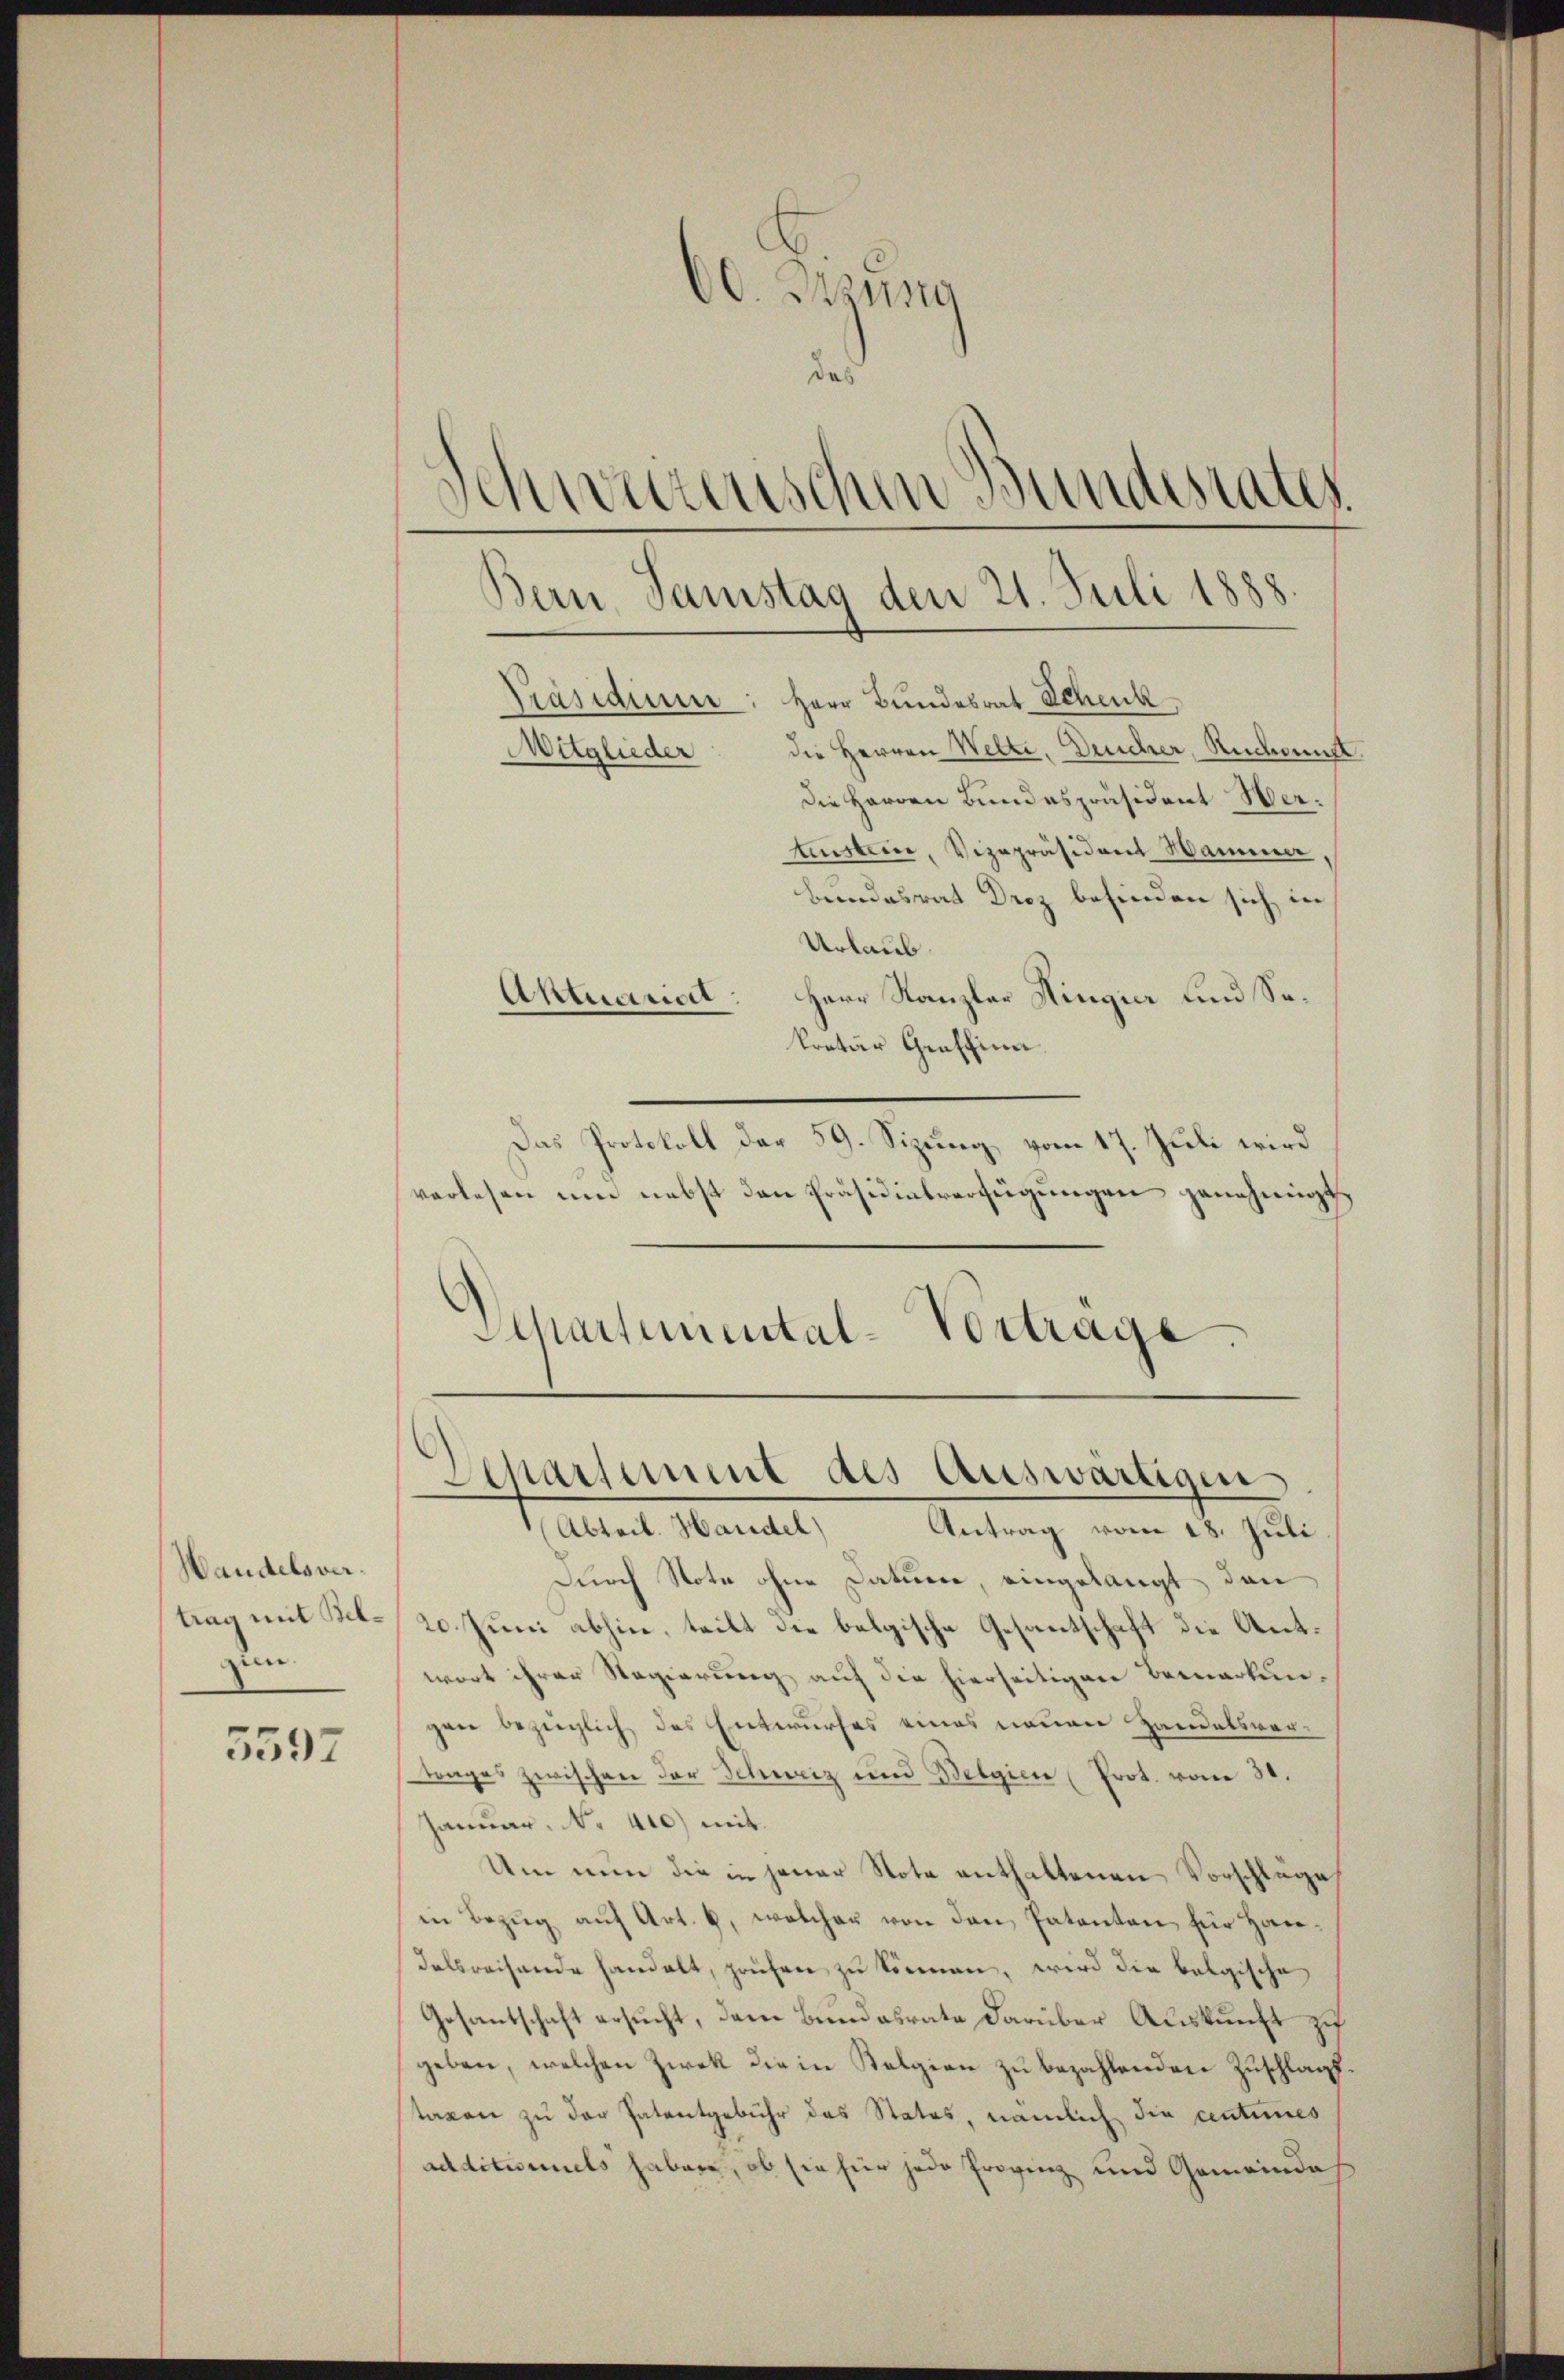
Handelsvertrag mit Belzun

5597

00. Braung
das
Schweizerischen Bundestates
Präsidier: Herr Bundesrat Schenk
die Herren Welte, Deucher, Ruchornst.
Mitglieder
Die Herren Bundespräsident Wertinstein, Vizepräsident Hammer,
bundesrat Droz befinden sich, in
Urlaub.
Herr Kanzler Hinger und So¬
Aktuariat
kretär Graffina

Das Protokoll der 59. Sizung, vom 17. Juli wird
verlesen um nebst den Präsidensverfügungen genehmigt,

Bern Samstag den 21. Juli 1888.

Durch Note ohne Datume, eingelangt, dann
20. Juni abhin, teilt die belgische Gesantschaft die Antwort ihrer Regierung auf die hierseitigen Bemerkungen bezüglich das Entwurfes eines neuen Handelsver-
trages zwischen der Schweiz und Belgien (Prot. vom 30.
Januar, No 410) mit
Um nun die in jener Note enthaltenen Vorschläge
in Bezug auf Art. 6, welcher von den Patenten für Handelpreisende handelt, prüfen zu können, wird die belgische
Gesantschaft ersucht, dem Bundesrate darüber Auskunft zu
geben, welchen Zwek die in Kelgien zu bezahlenden Zuschlagstaxen zu der Patentgebühr das Status, nämlich die antumes
additionnels haben, ob sie für jede Provinz und Gemeindah

Separtemental-Vortrage.
Departement des Auswärtigen
Abteil. Handel) Antrag vom 18. Juli